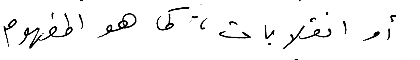
أو انقلابات، كما هو المفهوم